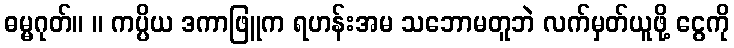
ဓမ္မဂုတ်။ ။ ကပ္ပိယ ဒကာဖြူက ရဟန်းအမ သဘောမတူဘဲ လက်မှတ်ယူဖို့ ငွေကို